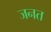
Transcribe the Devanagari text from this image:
जनत